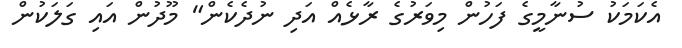
އެކަމަކު ސުނާމީގެ ފަހުން މިވަރުގެ ރާޅެއް އަދި ނުދެކެން" މޫދުން އައި ގަލަކުން